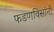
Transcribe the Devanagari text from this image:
फडणविसांनी